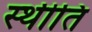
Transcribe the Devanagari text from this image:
स्थीति